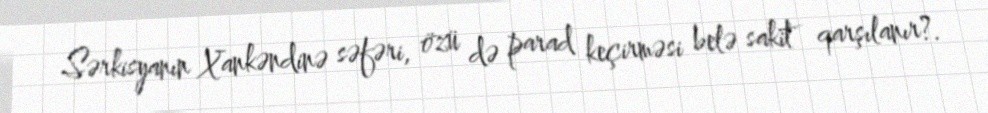
Sərkisyanın Xankəndinə səfəri, özü də parad keçirməsi belə sakit qarşılanır?.